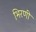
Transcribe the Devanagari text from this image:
भिरणी